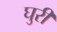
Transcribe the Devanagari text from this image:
घुरी